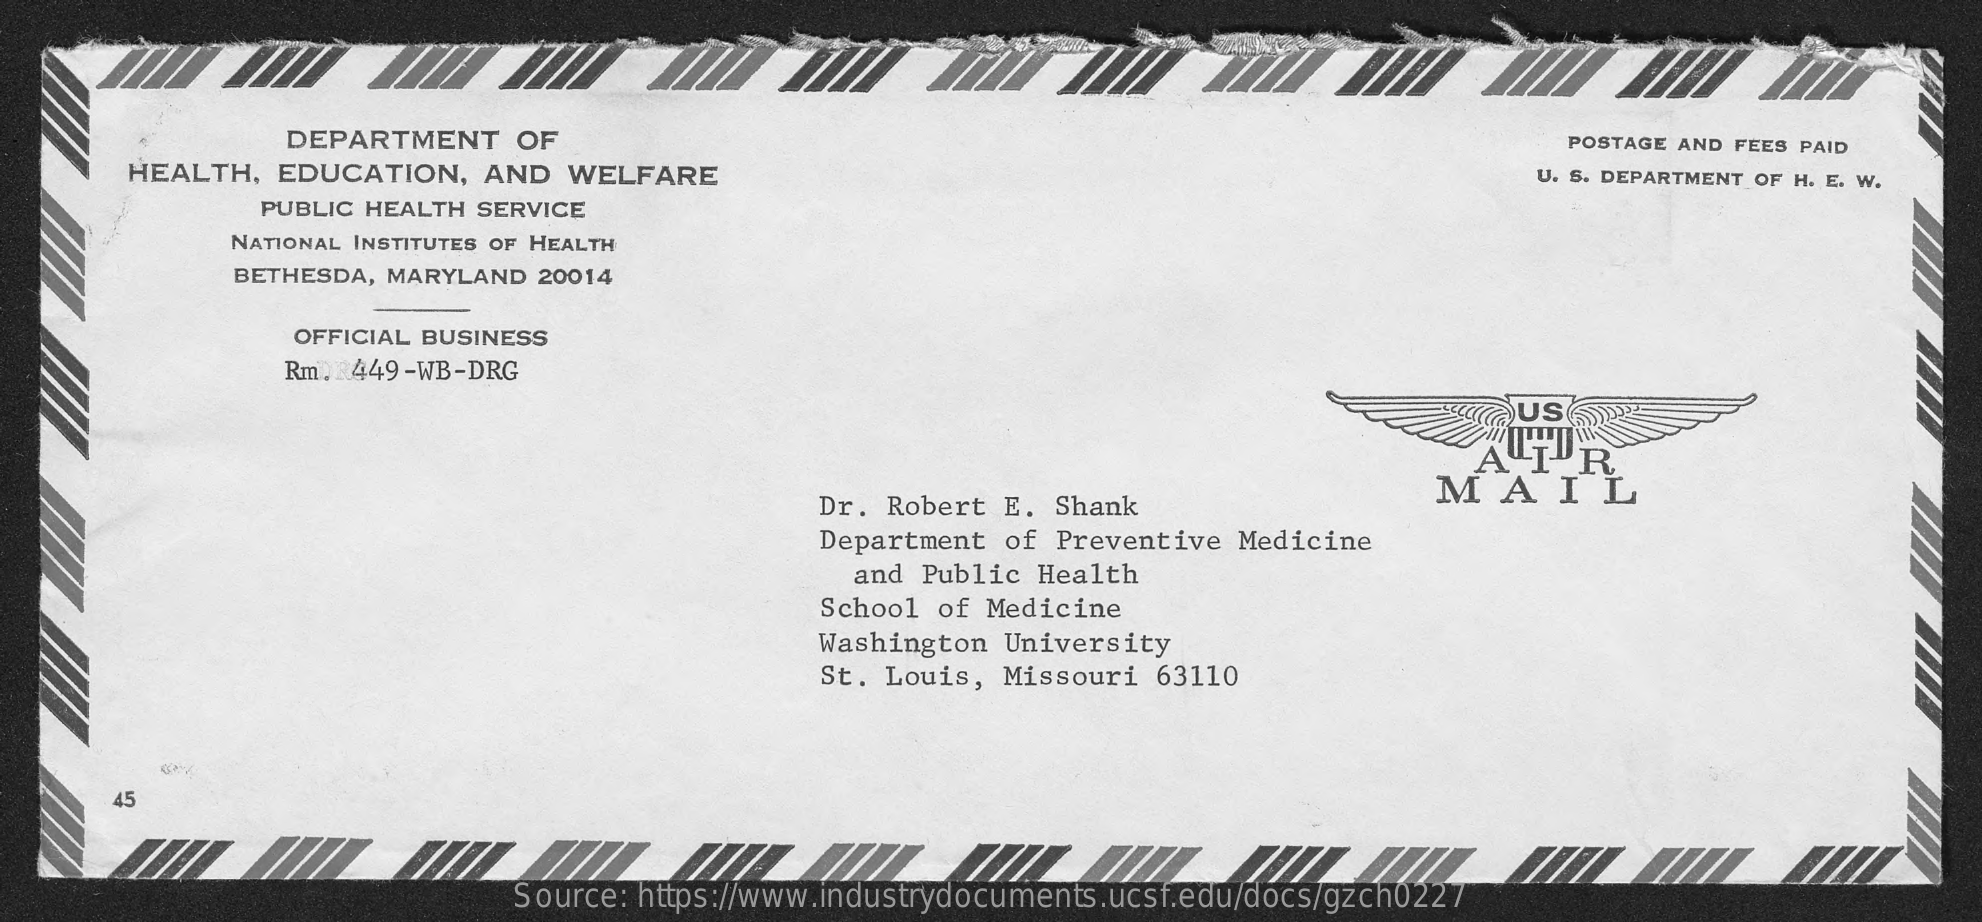
DEPARTMENT    OF    POSTAGE AND FEES PAID
     HEALTH,  EDUCATION,   AND  WELFARE    U. S. DEPARTMENT OF H. E. W.
     PUBLIC HEALTH SERVICE
     NATIONAL INSTITUTES OF HEALTH
     BETHESDA, MARYLAND 20014
     OFFICIAL BUSINESS
     Rm. R449-WB-DRG
     US
     AIR
     Dr. Robert E. Shank
     MAIL
     Department of Preventive  Medicine
     and Public Health
     School of Medicine
     Washington University
     St. Louis, Missouri  63110
     45
     Source: https://www.industrydocuments.ucsf.edu/docs/gzch0227